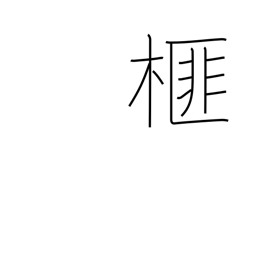
Meaning: Japanese nutmeg